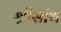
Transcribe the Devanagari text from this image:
श्रीसांथ